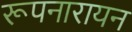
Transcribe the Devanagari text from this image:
रूपनारायन